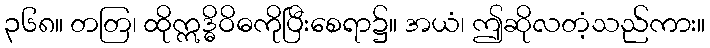
၃၆၈။ တတြ၊ ထိုဣဒ္ဓိဝိဓကိုပြီးစေရာ၌။ အယံ၊ ဤဆိုလတံ့သည်ကား။